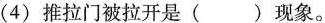
(4) 推拉门被拉开是( )现象。